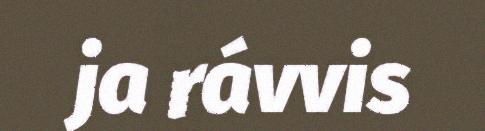
ja rávvis